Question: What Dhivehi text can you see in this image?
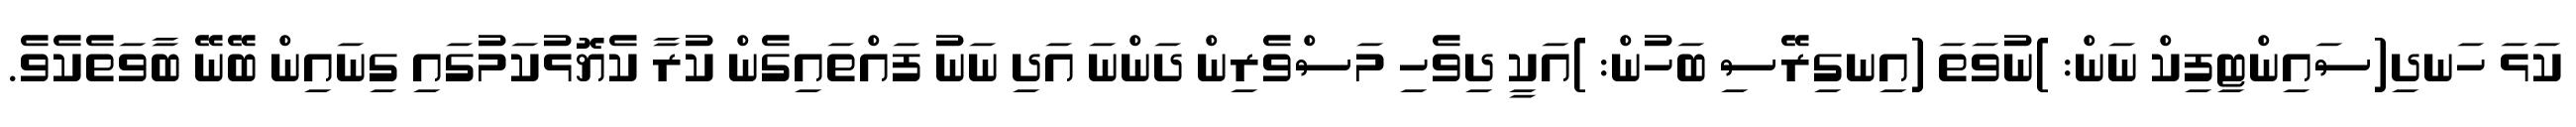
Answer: ކަޅަ ހަނދި(ސައިންޓިފިކް ނަން: )ނުވަތަ (އިނގިރޭސި ބަހުން: )އަކީ ދިވެހި މަސްވެރިން ދަންނަ އަދި ނަނު ފައްތައިގެން ކުރާ ކެޔޮޅުކަމުގައި ގިނައިން ބޭނޭ ބާވަތެކެވެ.